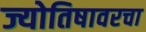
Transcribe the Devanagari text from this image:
ज्योतिषावरचा